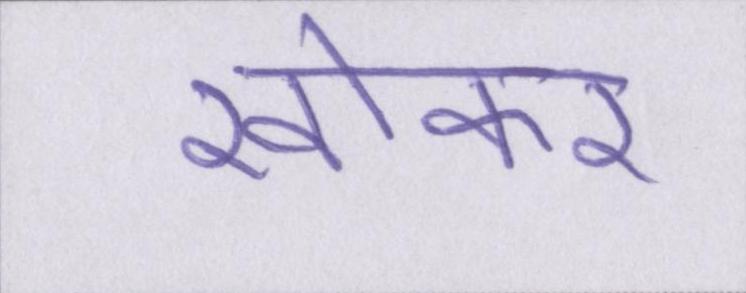
खोकर